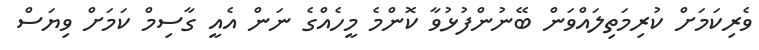
ވެރިކަމަށް ކުރިމަތިލައްވަން ބޭނުންފުޅުވާ ކޮންމެ މީހެއްގެ ނަން އެއީ ގާސިމް ކަމަށް ވިޔަސް